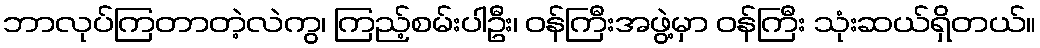
ဘာလုပ်ကြတာတဲ့လဲကွ၊ ကြည့်စမ်းပါဦး၊ ဝန်ကြီးအဖွဲ့မှာ ဝန်ကြီး သုံးဆယ်ရှိတယ်။